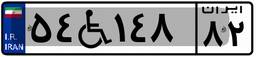
۵۴W۱۴۸۸۲